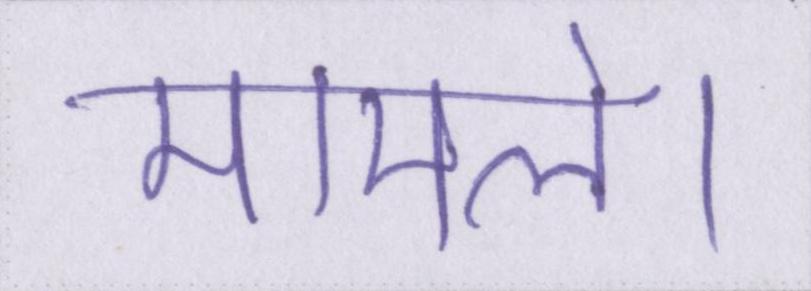
मामले।